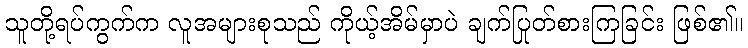
သူတို့ရပ်ကွက်က လူအများစုသည် ကိုယ့်အိမ်မှာပဲ ချက်ပြုတ်စားကြခြင်း ဖြစ်၏။